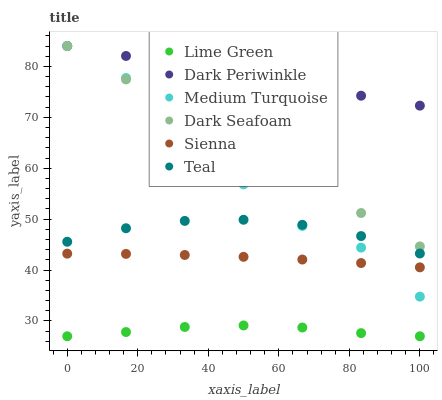
| xaxis_label | Lime Green | Dark Periwinkle | Medium Turquoise | Dark Seafoam | Sienna | Teal |
 | --- | --- | --- | --- | --- | --- | --- |
 | 0 | 27 | 84 | 84 | 84 | 43.2 | 45.6 |
 | 16.7 | 27.8 | 82 | 77.7 | 77.4 | 43.2 | 48.2 |
 | 33.3 | 28.8 | 80.1 | 69.5 | 70.9 | 43 | 49.7 |
 | 50 | 29.1 | 78.1 | 56.8 | 64.3 | 42.6 | 49.9 |
 | 66.7 | 28.7 | 76.2 | 48.7 | 57.8 | 42.1 | 48.9 |
 | 83.3 | 27.6 | 74.2 | 44.4 | 51.2 | 41.4 | 46.7 |
 | 100 | 27 | 72.3 | 34.8 | 44.6 | 40.5 | 43.3 |